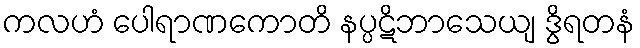
ကလဟံ ပေါရာဏကောတိ နပ္ပဋိဘာသေယျ ဒွိရတနံ